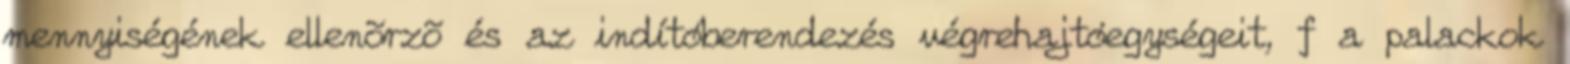
mennyiségének ellenõrzõ és az indítóberendezés végrehajtóegységeit, f a palackok